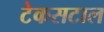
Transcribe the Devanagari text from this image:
टेकसटाल